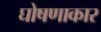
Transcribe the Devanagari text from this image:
घोषणाकार